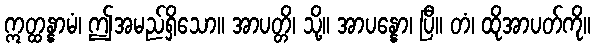
ဣတ္ထန္နာမံ၊ ဤအမည်ရှိသော။ အာပတ္တိ၊ သို့။ အာပန္နော၊ ပြီ။ တံ၊ ထိုအာပတ်ကို။